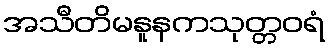
အသီတိမနူနကသုတ္တဝရံ